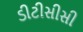
ડીટીસીસી